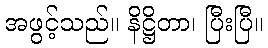
အဖွင့်သည်။ နိဋ္ဌိတာ၊ ပြီးပြီ။